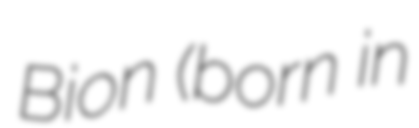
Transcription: Bion (born in